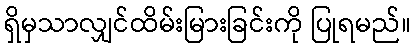
ရှိမှသာလျှင်ထိမ်းမြားခြင်းကို ပြုရမည်။